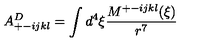
A _ { + - i j k l } ^ { D } = \int d ^ { 4 } \xi \frac { M ^ { + - i j k l } ( \xi ) } { r ^ { 7 } }